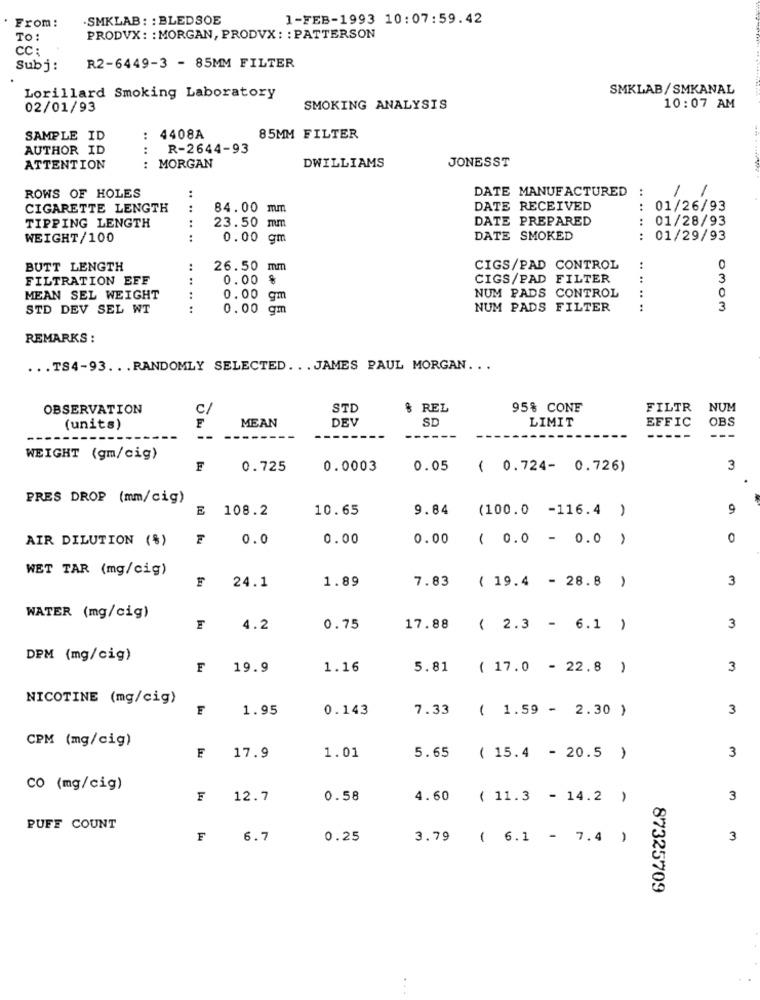
From:
.SMKLAB : : BLEDSOE
1-FEB-1993 10:07:59.42
TO
PRODVX: : MORGAN, PRODVX : : PATTERSON
CC:
Subj:
R2-6449-3 - 85MM FILTER
SMKLAB/SMKANAL
Lorillard Smoking Laboratory
02/01/93
SMOKING ANALYSIS
10:07 AM
SAMPLE ID
:
4408A
85MM FILTER
AUTHOR ID
....
R-2644-93
ATTENTION
..
MORGAN
DWILLIAMS
JONESST
DATE MANUFACTURED
1
1
ROWS OF HOLES
CIGARETTE LENGTH
.. ..
84.00 mm
DATE RECEIVED
01/26/93
DATE PREPARED
01/28/93
TIPPING LENGTH
23.50 mm
WEIGHT/100
0.00 gm
DATE SMOKED
01/29/93
..
BUTT LENGTH
26.50 mm
CIGS/PAD CONTROL
FILTRATION EFF
0.00 %
CIGS/PAD FILTER
:
3
NUM PADS CONTROL
:
.. .. ..
O
MEAN SEL WEIGHT
0.00 gm
STD DEV SEL WT
.......
0.00 gm
NUM PADS FILTER
3
REMARKS :
... TS4-93 ... RANDOMLY SELECTED. .. JAMES PAUL MORGAN ...
OBSERVATION
C/
STD
& REL
95% CONE
FILTR
NUM
F
MEAN
DEV
SD
LIMIT
EFFIC
OBS
(units)
WEIGHT (gm/cig)
F
0.725
0.0003
0.05 ( 0.724- 0.726)
3
PRES DROP (mm/cig)
E
108.2
10.65
9.84 (100.0 -116.4 )
9
AIR DILUTION (%)
0.0
0.00
0.00
( 0.0 - 0.0 )
0
WET TAR (mg/cig)
24.1
1.89
3
7.83
( 19.4 - 28.8 )
WATER (mg/cig)
4.2
0.75
17.88
( 2.3 - 6.1 )
3
DPM (mg/cig)
F
19.9
1.16
5.81
( 17.0 - 22.8 )
3
NICOTINE (mg/cig)
1.95
0.143
7.33
( 1.59 - 2.30 )
3
CPM (mg/cig)
3
F
17.9
1.01
5.65
( 15.4 - 20.5 )
CO (mg/cig)
F
12.7
0.58
4.60
( 11.3 - 14.2 )
3
PUFF COUNT
F
6.7
0.25
3.79
( 6.1 - 7.4 )
3
87325709